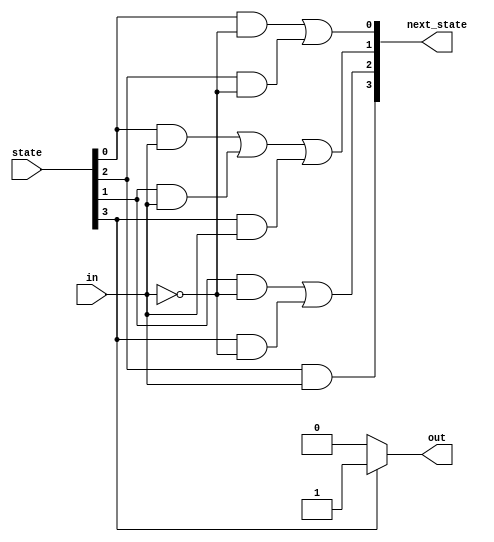
module top_module(
    input in,
    input [3:0] state,
    output [3:0] next_state,
    output out); 
 
    parameter A=0, B=1, C=2, D=3;
 
    // State transition logic: Derive an equation for each state flip-flop.
    assign next_state[A] = (state[A] & ~in)| (state[C]&~in);
    assign next_state[B] = (state[A] & in)| (state[B]&in) | (state[D]&in);
    assign next_state[C] = (state[B] & ~in)| (state[D]&~in);
    assign next_state[D] = (state[C] & in);
 
    // Output logic: 
    always @(*)
        begin
            if(state[D]==1'b1)
                out = 1'b1;
            else
                out = 1'b0;
        end
endmodule